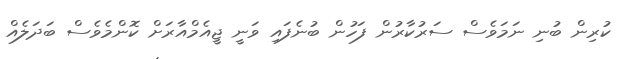
ކުރިން ބުނި ނަމަވެސް ސަރުކާރުން ފަހުން ބުނެފައި ވަނީ ޖީއެމްއާރަށް ކޮންމެވެސް ބަދަލެއް